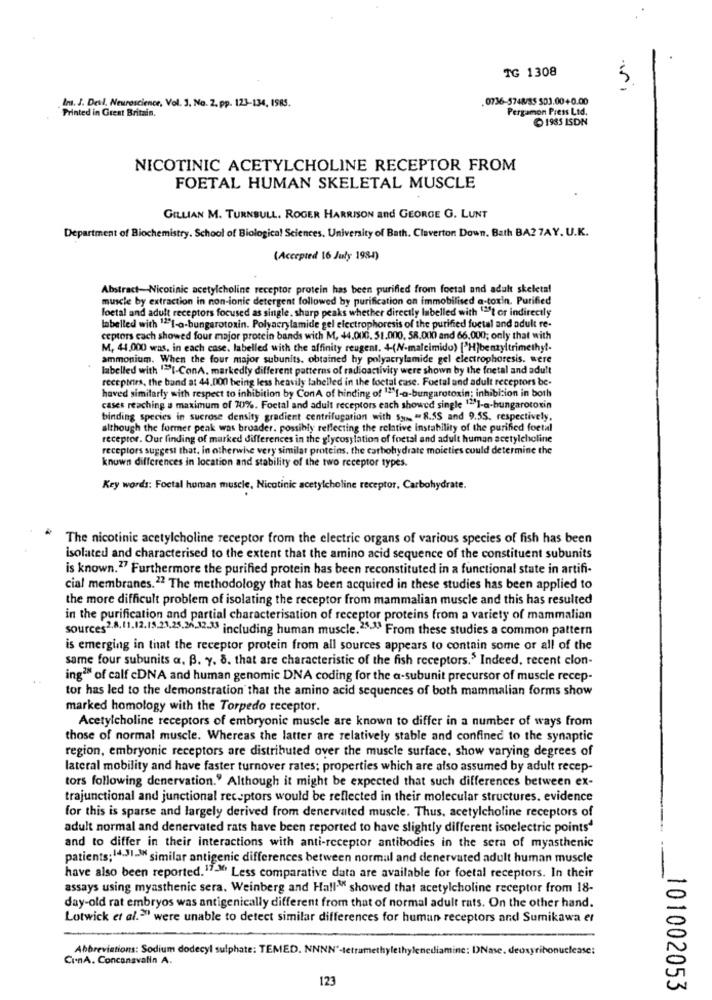
TG 1308
5
0736-5748/3$ $03.00+0.00
Printed in Great Britain.
Im. J. Deul. Neuroscience, Vol. 3. No. 2. pp. 123-134, ISRS.
Pergamon Press Ltd.
1985 ISDN
NICOTINIC ACETYLCHOLINE RECEPTOR FROM
FOETAL HUMAN SKELETAL MUSCLE
GILLIAN M. TURNBULL. ROGER HARRISON and GEORGE G. LUNT
Department of Biochemistry. School of Biological Sciences, University of Bath. Claverton Down. Bath BA2 7AY. U.K.
(Accepted 16 July 198-1)
Abstract-Nicotinic acetylcholine receptor protein has been purified from foetal and adult skeletal
muscle by extraction in non-ionic detergent followed by purification on immobilised a-toxin. Purified
foetal and adult receptors focused as single, sharp peaks whether directly labelled with "2"t or indirectly
labelled with 121-o-bungarotoxin. Polyacrylamide gel electrophoresis of the purified fuctal and adult re-
ceptors cach showed four major protein bands with M, 44.000. 51.000, 58.000 and 66,000; only that with
M, 44.000 was, in each case. labelled with the affinity reugent. 4-(N-malcimido) ["H]benzyltrimethyl-
ammonium. When the four major subunits. obtained hy polyacrylamide gel electrophoresis. were
labelled with "I-ConA. markedly different patterns of radioactivity were shown by the fetal and adult
recepters, the band at 44.000 being less heavily labelled in the loctal case. Foctal and adult receptors be-
haved similarly with respect to inhibition by ConA of hinding of """[-a-bungarotoxin; inhibition in both
cases reaching a maximum of 70%. Foctal and adult receptors each showed single 12]-a-bungarotoxin
binding species in sucrose density gradient centrifugation with 53 = 8.55 and 9.55, respectively.
although the former peak was broader. possibly reflecting the relative instability of the purified foetal
receptor. Our finding of marked differences in the glycosylation of foctal and adult human acetylcholine
receptors suggest that. in otherwise very similar proteins, the carbohydrate moieties could determine the
known differences in location and stability of the two receptor types.
Key words: Foetal human muscle, Nicotinic acetylcholine receptor, Carbohydrate.
The nicotinic acetylcholine receptor from the electric organs of various species of fish has been
isolated and characterised to the extent that the amino acid sequence of the constituent subunits
is known.27 Furthermore the purified protein has been reconstituted in a functional state in artifi-
cial membranes.22 The methodology that has been acquired in these studies has been applied to
the more difficult problem of isolating the receptor from mammalian muscle and this has resulted
in the purification and partial characterisation of receptor proteins from a variety of mammalian
sources2,8,11.12.15.21.25.2632-33 including human muscle.25-1) From these studies a common pattern
is emerging in that the receptor protein from all sources appears to contain some or all of the
same four subunits a. B. y. 8. that are characteristic of the fish receptors.5 Indeed, recent clon-
ing?" of calf cDNA and human genomic DNA coding for the a-subunit precursor of muscle recep-
tor has led to the demonstration that the amino acid sequences of both mammalian forms show
marked homology with the Torpedo receptor.
Acetylcholine receptors of embryonic muscle are known to differ in a number of ways from
those of normal muscle. Whereas the latter are relatively stable and confined to the synaptic
region, embryonic receptors are distributed over the muscle surface, show varying degrees of
lateral mobility and have faster turnover rates; properties which are also assumed by adult recep-
tors following denervation." Although it might be expected that such differences between ex-
trajunctional and junctional receptors would be reflected in their molecular structures. evidence
for this is sparse and largely derived from denervated muscle. Thus. acetylcholine receptors of
adult normal and denervated rats have been reported to have slightly different isoelectric points4
and to differ in their interactions with anti-receptor antibodies in the sera of myasthenic
patients;14.)1-> similar antigenic differences between normal and denervated adult human muscle
have also been reported.17-14 Less comparative data are available for foetal receptors. In their
assays using myasthenic sera. Weinberg and Hall." showed that acetylcholine receptor from 18-
day-old rat embryos was antigenically different from that of normal adult rats. On the other hand.
Lotwick et al.3" were unable to detect similar differences for human receptors and Sumikawa er
Abbreviations: Sodium dodecyl sulphate: TEMED. NNNN'-tetramethylethylenediamine: DNase. deoxyribonuclease:
CinA. Concansvalin A.
123
101002053